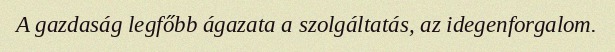
A gazdaság legfőbb ágazata a szolgáltatás, az idegenforgalom.